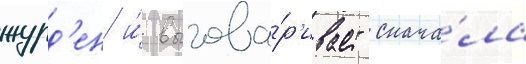
журд'ен и́ выгова́р'ивает снача́ла